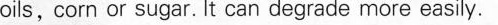
oils, corn or sugar. It can degrade more easily.